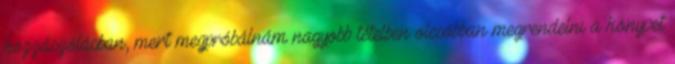
hozzászólásban, mert megpróbálnám nagyobb tételben olcsóbban megrendelni a könyvet